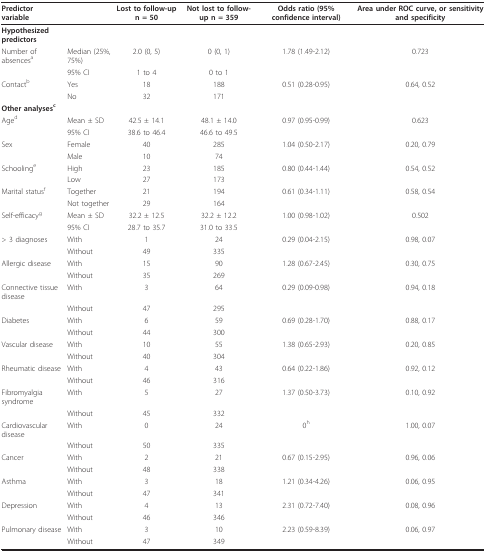
<table><thead><tr><td><b>Predictor variable</b></td><td></td><td><b>Lost to follow-up n = 50</b></td><td><b>Not lost to follow-up n = 359</b></td><td><b>Odds ratio (95% confidence interval)</b></td><td><b>Area under ROC curve, or sensitivity and specificity</b></td></tr></thead><tbody><tr><td><b>Hypothesized predictors</b></td><td></td><td></td><td></td><td></td><td></td></tr><tr><td>Number of absences<sup>a</sup></td><td>Median (25%, 75%)</td><td>2.0 (0, 5)</td><td>0 (0, 1)</td><td>1.78 (1.49-2.12)</td><td>0.723</td></tr><tr><td></td><td>95% CI</td><td>1 to 4</td><td>0 to 1</td><td></td><td></td></tr><tr><td>Contact<sup>b</sup></td><td>Yes</td><td>18</td><td>188</td><td>0.51 (0.28-0.95)</td><td>0.64, 0.52</td></tr><tr><td></td><td>No</td><td>32</td><td>171</td><td></td><td></td></tr><tr><td><b>Other analyses<sup>c</sup></b></td><td></td><td></td><td></td><td></td><td></td></tr><tr><td>Age<sup>d</sup></td><td>Mean ± SD</td><td>42.5 ± 14.1</td><td>48.1 ± 14.0</td><td>0.97 (0.95-0.99)</td><td>0.623</td></tr><tr><td></td><td>95% CI</td><td>38.6 to 46.4</td><td>46.6 to 49.5</td><td></td><td></td></tr><tr><td>Sex</td><td>Female</td><td>40</td><td>285</td><td>1.04 (0.50-2.17)</td><td>0.20, 0.79</td></tr><tr><td></td><td>Male</td><td>10</td><td>74</td><td></td><td></td></tr><tr><td>Schooling<sup>e</sup></td><td>High</td><td>23</td><td>185</td><td>0.80 (0.44-1.44)</td><td>0.54, 0.52</td></tr><tr><td></td><td>Low</td><td>27</td><td>173</td><td></td><td></td></tr><tr><td>Marital status<sup>f</sup></td><td>Together</td><td>21</td><td>194</td><td>0.61 (0.34-1.11)</td><td>0.58, 0.54</td></tr><tr><td></td><td>Not together</td><td>29</td><td>164</td><td></td><td></td></tr><tr><td>Self-efficacy<sup>g</sup></td><td>Mean ± SD</td><td>32.2 ± 12.5</td><td>32.2 ± 12.2</td><td>1.00 (0.98-1.02)</td><td>0.502</td></tr><tr><td></td><td>95% CI</td><td>28.7 to 35.7</td><td>31.0 to 33.5</td><td></td><td></td></tr><tr><td>&gt; 3 diagnoses</td><td>With</td><td>1</td><td>24</td><td>0.29 (0.04-2.15)</td><td>0.98, 0.07</td></tr><tr><td></td><td>Without</td><td>49</td><td>335</td><td></td><td></td></tr><tr><td>Allergic disease</td><td>With</td><td>15</td><td>90</td><td>1.28 (0.67-2.45)</td><td>0.30, 0.75</td></tr><tr><td></td><td>Without</td><td>35</td><td>269</td><td></td><td></td></tr><tr><td>Connective tissue disease</td><td>With</td><td>3</td><td>64</td><td>0.29 (0.09-0.98)</td><td>0.94, 0.18</td></tr><tr><td></td><td>Without</td><td>47</td><td>295</td><td></td><td></td></tr><tr><td>Diabetes</td><td>With</td><td>6</td><td>59</td><td>0.69 (0.28-1.70)</td><td>0.88, 0.17</td></tr><tr><td></td><td>Without</td><td>44</td><td>300</td><td></td><td></td></tr><tr><td>Vascular disease</td><td>With</td><td>10</td><td>55</td><td>1.38 (0.65-2.93)</td><td>0.20, 0.85</td></tr><tr><td></td><td>Without</td><td>40</td><td>304</td><td></td><td></td></tr><tr><td>Rheumatic disease</td><td>With</td><td>4</td><td>43</td><td>0.64 (0.22-1.86)</td><td>0.92, 0.12</td></tr><tr><td></td><td>Without</td><td>46</td><td>316</td><td></td><td></td></tr><tr><td>Fibromyalgia syndrome</td><td>With</td><td>5</td><td>27</td><td>1.37 (0.50-3.73)</td><td>0.10, 0.92</td></tr><tr><td></td><td>Without</td><td>45</td><td>332</td><td></td><td></td></tr><tr><td>Cardiovascular disease</td><td>With</td><td>0</td><td>24</td><td>0<sup>h</sup></td><td>1.00, 0.07</td></tr><tr><td></td><td>Without</td><td>50</td><td>335</td><td></td><td></td></tr><tr><td>Cancer</td><td>With</td><td>2</td><td>21</td><td>0.67 (0.15-2.95)</td><td>0.96, 0.06</td></tr><tr><td></td><td>Without</td><td>48</td><td>338</td><td></td><td></td></tr><tr><td>Asthma</td><td>With</td><td>3</td><td>18</td><td>1.21 (0.34-4.26)</td><td>0.06, 0.95</td></tr><tr><td></td><td>Without</td><td>47</td><td>341</td><td></td><td></td></tr><tr><td>Depression</td><td>With</td><td>4</td><td>13</td><td>2.31 (0.72-7.40)</td><td>0.08, 0.96</td></tr><tr><td></td><td>Without</td><td>46</td><td>346</td><td></td><td></td></tr><tr><td>Pulmonary disease</td><td>With</td><td>3</td><td>10</td><td>2.23 (0.59-8.39)</td><td>0.06, 0.97</td></tr><tr><td></td><td>Without</td><td>47</td><td>349</td><td></td><td></td></tr></tbody></table>